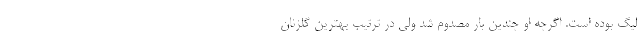
لیگ بوده است. اگرچه او چندین بار مصدوم شد ولی در ترتیب بهترین گلزنان